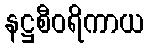
နဋ္ဌစီဝရိကာယ